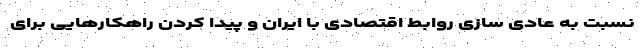
نسبت به عادی سازی روابط اقتصادی با ایران و پیدا کردن راهکارهایی برای